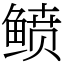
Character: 鲼